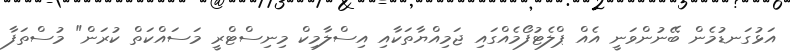
އަޅުގަނޑުމެން ބޭނުންވަނީ އެއް ޕްލެޓުފޯމެއްގައި ޖަމިއްޔާތަކާއި އިސްލާމިކް މިނިސްޓްރީ މަސައްކަތް ކުރަން" މުސްތަފާ